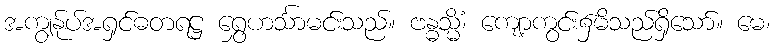
အကျွန်ုပ်အရှင်ဓတရဋ္ဌ ရွှေဟင်္သာမင်းသည်။ ဗန္ဓသ္မိံ၊ ကျော့ကွင်း၌မိသည်ရှိသော်။ မေ၊